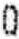
0